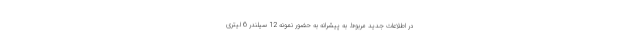
در اطلاعات جدید مربوط به پیشرانه به حضور نمونه 12 سیلندر 6 لیتری